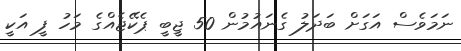
ނަމަވެސް އަގަށް ބަދަލު ގެނައުމުން 50 ޖީބީ ޕެކޭޖެއްގެ މަހު ފީ އަކީ